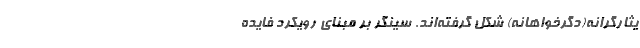
يثارگرانه(دگرخواهانه) شكل گرفته‌اند. سينگر بر مبناي رويكرد فايده‌